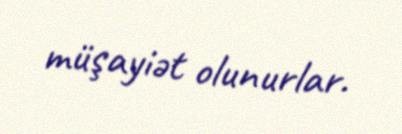
müşayiət olunurlar.